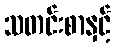
သတင်းစာနှင့်